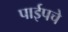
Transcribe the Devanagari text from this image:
पाईपचे